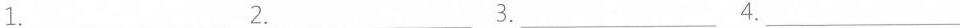
1.___2.___3.___4.___